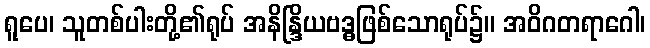
ရူပေ၊ သူတစ်ပါးတို့၏ရုပ် အနိန္ဒြိယဗဒ္ဓဖြစ်သောရုပ်၌။ အဝိဂတရာဂေါ၊